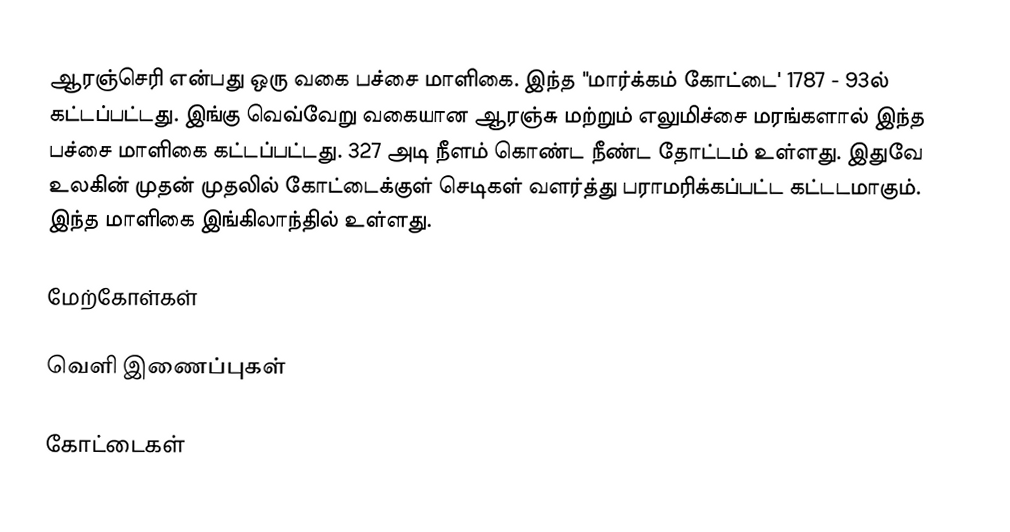
ஆரஞ்செரி என்பது ஒரு வகை பச்சை மாளிகை. இந்த "மார்க்கம் கோட்டை' 1787 - 93ல் கட்டப்பட்டது. இங்கு வெவ்வேறு வகையான ஆரஞ்சு மற்றும் எலுமிச்சை மரங்களால் இந்த பச்சை மாளிகை கட்டப்பட்டது. 327 அடி நீளம் கொண்ட நீண்ட தோட்டம் உள்ளது. இதுவே உலகின் முதன் முதலில் கோட்டைக்குள் செடிகள் வளர்த்து பராமரிக்கப்பட்ட கட்டடமாகும். இந்த மாளிகை இங்கிலாந்தில் உள்ளது.

மேற்கோள்கள்

வெளி இணைப்புகள்

கோட்டைகள்